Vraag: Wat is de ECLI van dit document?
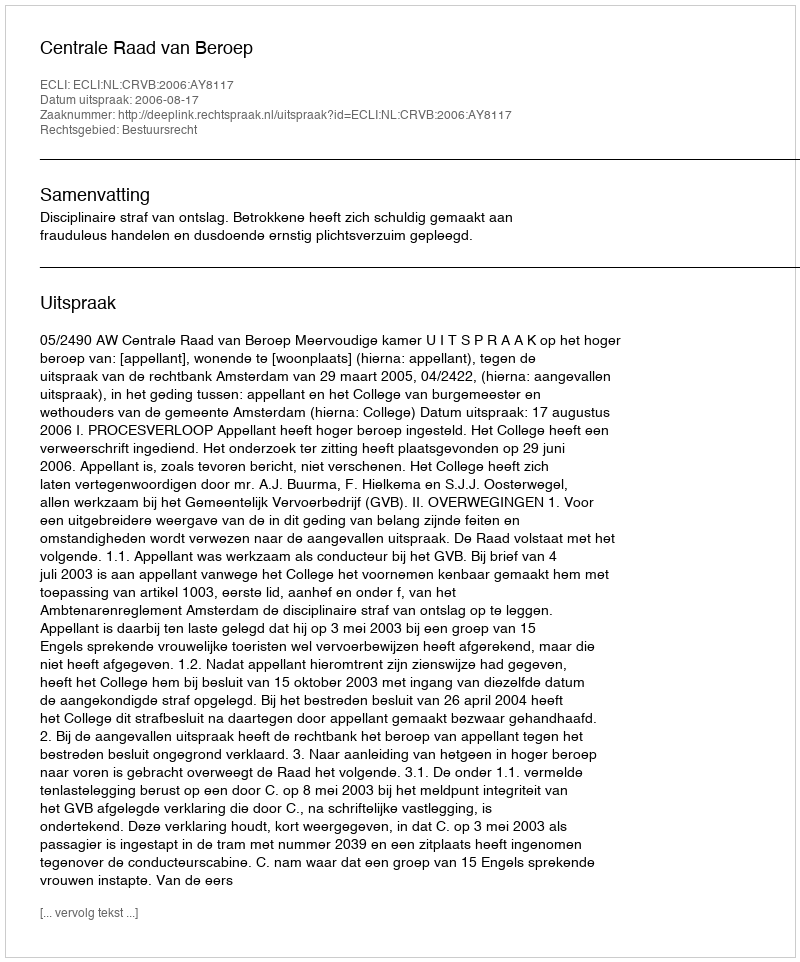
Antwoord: ECLI:NL:CRVB:2006:AY8117